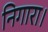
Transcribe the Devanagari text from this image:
निगारा।